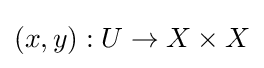
(x,y):U\to X\times X